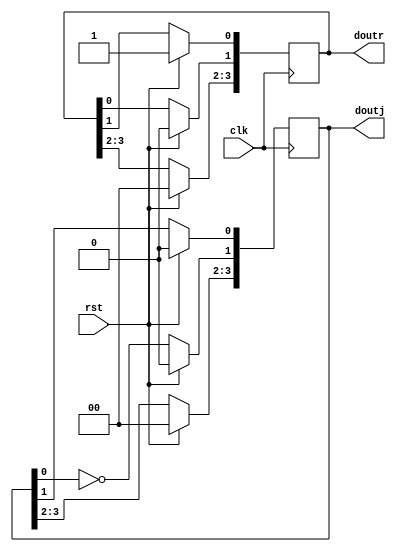
`timescale 1ns / 1ps
//////////////////////////////////////////////////////////////////////////////////
// Company: 
// Engineer: 
// 
// Design Name: 
// Module Name: ring_johnson_counter
// Project Name: 
// Target Devices: 
// Tool Versions: 
// Description: 
// 
// Dependencies: 
// 
// Revision:
// Revision 0.01 - File Created
// Additional Comments:
// 
//////////////////////////////////////////////////////////////////////////////////


module ring_johnson_counter(
    input clk,
    input rst,
    output reg [3:0] doutr,
    output reg [3:0] doutj
    );
    //////////////////////Ring counter
    always@(posedge clk)
    begin
        if(rst==1'b1)
            doutr<=2'b01; //provide a start value of 1 in second flip flop
        else
            begin
                 doutr[1]<=doutr[0];
                 doutr[0]<=doutr[1];
            end
     end
    //////////////////////Johnson counter
    always@(posedge clk)
    begin
        if(rst==1'b1)
            doutj<=2'b00; //provide a start value of 1 in second flip flop
        else
            begin
                 doutj[1]<=~doutj[0];
                 doutj[0]<=doutj[1];
            end
     end
    
endmodule